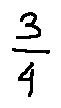
\frac { 3 } { 4 }